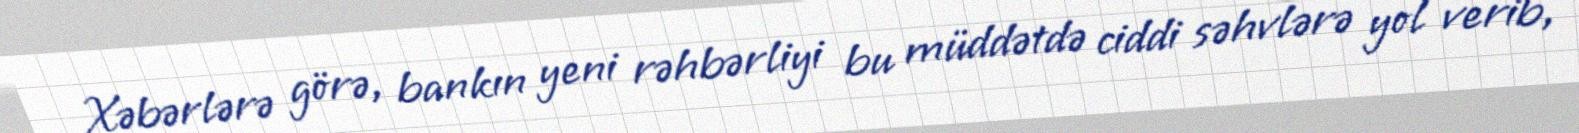
Xəbərlərə görə, bankın yeni rəhbərliyi bu müddətdə ciddi səhvlərə yol verib,